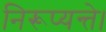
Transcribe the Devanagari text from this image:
निरूप्यन्ते।